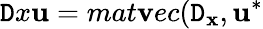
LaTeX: \mathtt{D}x\mathbf{u}=mat\mathbf{v}ec(\mathbf{{\mathtt{D}_{x}}},\mathbf{u}^{*}